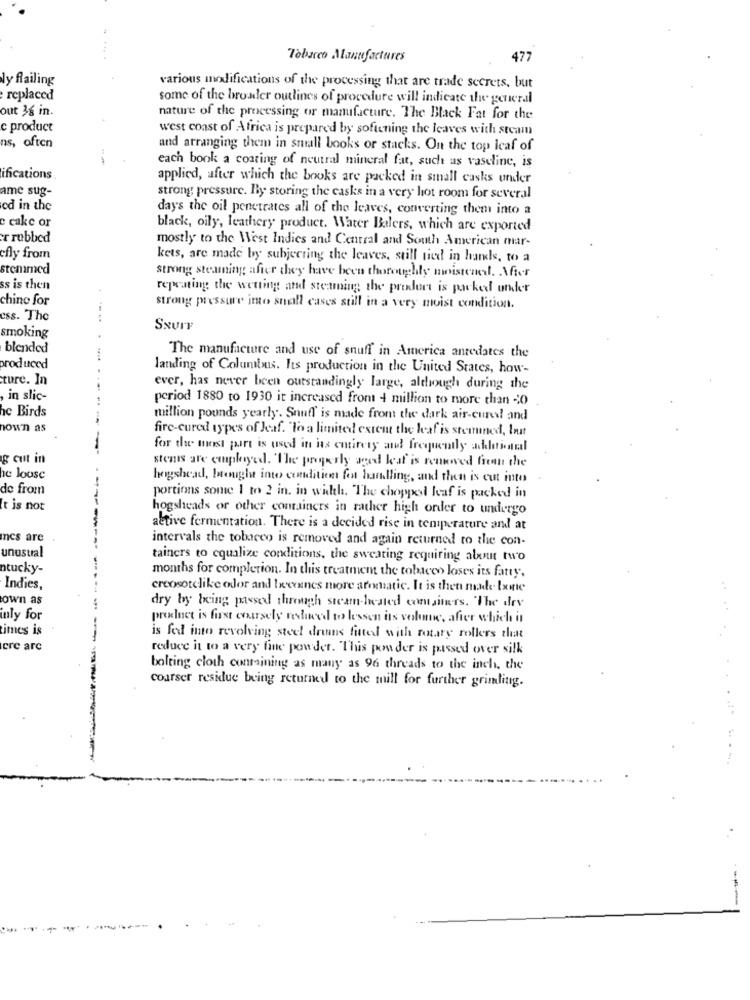
Tobacco Manufactures
477
ly flailing
various modifications of the processing that are trade secrets, but
replaced
some of the broader outlines of procedure will indicate the general
out 3g in.
nature of the processing or manufacture. The Black Fat for the
c product
west coast of Africa is prepared by softening the leaves with steam
ns, often
and arranging them in small books or stacks. On the top leaf of
each book a coating of neutral mineral fat, such as vaseline, is
ifications
applied, after which the books are packed in small casks under
ame sug-
strong pressure. By storing the casks in a very hot room for several
od in the
day's the oil penetrates all of the leaves, converting them into a
c cake or
black, oily, leathery product. Water Balers, which are exported
r rubbed
mostly to the West Indies and Central and South American mar-
efly from
kets, are made by subjecting the leaves, still tied in hands, to a
stemmed
strong steaming after they have been thoroughly moistened. Vier
ss is then
repeating the wetting and steaming the product is packed under
chine for
strong pressure into small cases still in a very moist condition.
css. The
SsurF
smoking
blended
The manufacture and use of snuff in America antedates the
produced
landing of Columbus. Its production in the United States, how-
ture. In
ever, has never been outstandingly large, although during the
,in slic-
period 1880 to 1930 it increased fromt 4 million to more than <0
hc Birds
million pounds yearly. Snuff' is made from the dark air-cured! and
how'n as
fire-cured types of leaf. To a limited estemt the leaf is stemmned, Inat
for the most part is used in its entirety and frequently adelaidael
g cut in
stents are employed. The properly aged leaf is rentoved from the
he loose
heygshead, brenghe into conditions font handling, and then is cut into
de from
portions some 1 to 2 in. in width. The chopped leaf is packed in
It is not
hogsheads or other containers in rather high order to undergo
active fermentation. There is a decided rise in temperature and at
ncs are
intervals the tobacco is removed and again returned to the con-
unusual
tainers to equalize conditions, the sweating requiring about two
ntucky-
months for completion. In this treatment the tobacco loses its fatty,
Indies,
creosotclike odor and Ixxeanes more aromatic. It is then madde lxme
own as
dry by being passed through steam-heated containers. "The dry
inly for
product is first coursely reduced to lessen its volume, after which it
imes is
is fed into revolving steel drums fitted with rotary rollers that
ere arc
reduce it to a very fine powder. This ponder is passed over silk
bolting cloth containing as many as 96 threads to the inch, the
coarser residue being returned to the mill for further grindling.